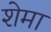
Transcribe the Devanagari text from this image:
शेमा